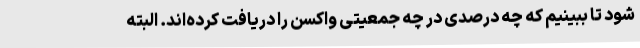
شود تا ببینیم که چه درصدی در چه جمعیتی واکسن را دریافت کرده‌اند. البته